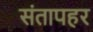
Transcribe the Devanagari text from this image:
संतापहर